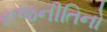
રાજનીતિનો